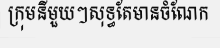
ក្រុមនីមួយៗសុទ្ធតែមានចំណែក